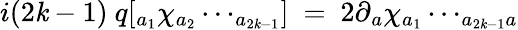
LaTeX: i(2\mathit{k}-1)\ q[_{a{_{1}}}\chi_{a{_{2}}}\cdots_{a{_{2\mathit{k}-1}}}]\ =\ 2\partial{_{a}}\chi_{a{_{1}}}\cdots_{a_{2\mathit{k}-1}a}